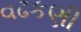
વઢકણી